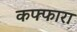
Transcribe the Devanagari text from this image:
कफ्फारा